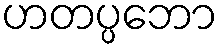
ဟတပ္ပဘော